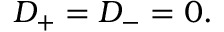
D _ { + } = D _ { - } = 0 .